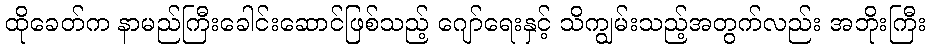
ထိုခေတ်က နာမည်ကြီးခေါင်းဆောင်ဖြစ်သည့် ဂျော်ရေးနှင့် သိကျွမ်းသည့်အတွက်လည်း အဘိုးကြီး